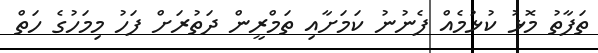
ތަފާތު މޮޅު ކުޅުމެއް ފެނުނު ކަމަށާއި ތަމްރީން ދަތުރަށް ފަހު މިމަހުގެ ހަތް